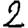
Digit: 2